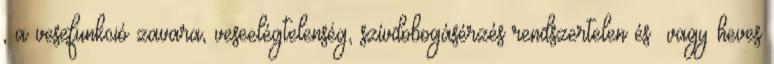
, a vesefunkció zavara, veseelégtelenség, szívdobogásérzés rendszertelen és vagy heves